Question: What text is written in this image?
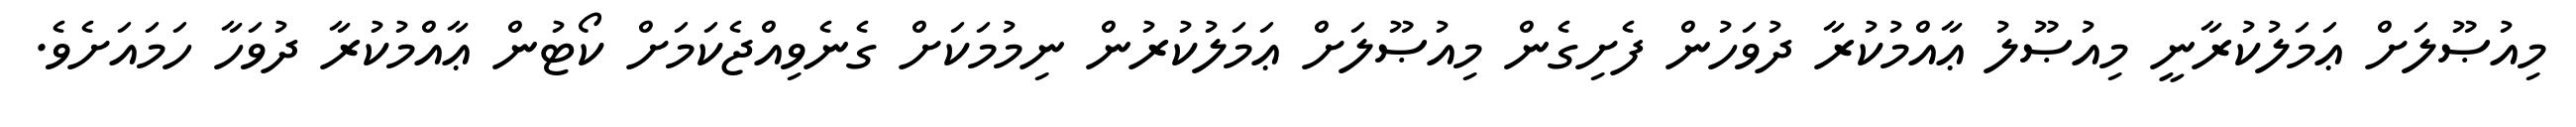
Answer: މިއުޞޫލަށް ޢަމަލުކުރާނީ މިއުޞޫލު ޢާއްމުކުރާ ދުވަހުން ފެށިގެން މިއުޞޫލަށް ޢަމަލުކުރުން ނިމުމަކަށް ގެނެވިއްޖެކަމަށް ކޯޓުން ޢާއްމުކުރާ ދުވަހާ ހަމައަށެވެ.